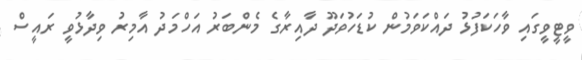
ވީޓީވީގައި ވާހަކަފުޅު ދައްކަވަމުން ކުޑަހުވަދޫ ދާއިރާގެ މެންބަރު އަހްމަދު އާމިރު ވިދާޅުވީ ރައީސް